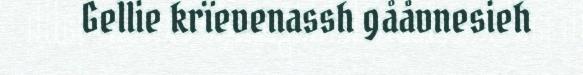
Gellie krïevenassh gååvnesieh